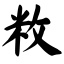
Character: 敉